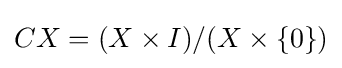
CX=(X\times I)/(X\times \{0\})